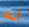
أنك